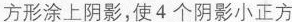
方形涂上阴影，使4个阴影小正方